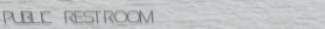
PUBLIC RESTROOM